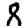
Digit: 8